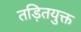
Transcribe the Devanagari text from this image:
तड़ितयुक्त